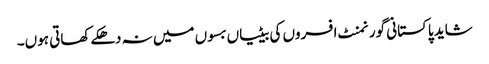
شاید پاکستانی گورنمنٹ افسروں کی بیٹیاں بسوں میں نہ دھکے کھاتی ہوں۔